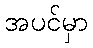
အပင်မှာ